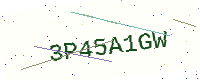
Text: 3P45A1GW